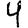
Digit: 4